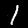
Label: 1